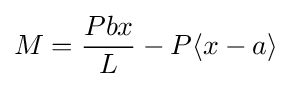
M={\frac {Pbx}{L}}-P\langle x-a\rangle